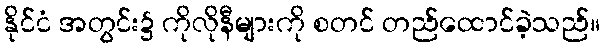
နိုင်ငံ အတွင်း၌ ကိုလိုနီများကို စတင် တည်ထောင်ခဲ့သည်။